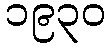
၁၉၃၀